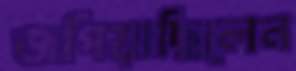
জপিয়াছিলেন